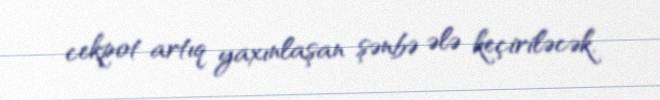
cekpot artıq yaxınlaşan şənbə ələ keçiriləcək.